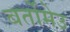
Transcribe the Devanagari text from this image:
बर्तोमेउ